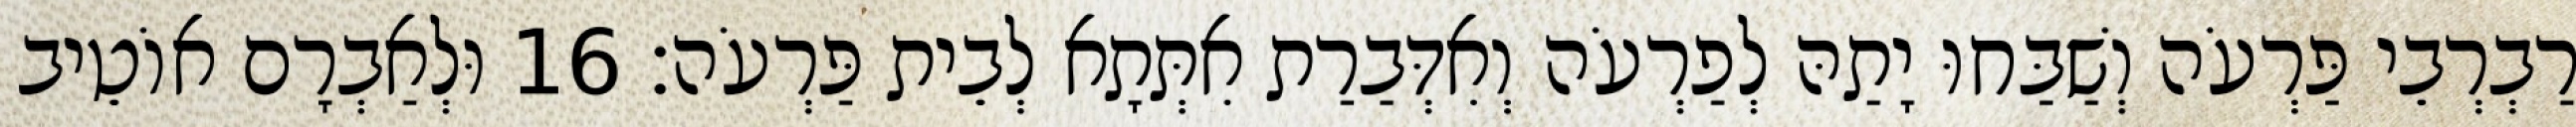
רַבְרְבֵי פַּרְעֹה וְשַׁבַּחוּ יָתַהּ לְפַרְעֹה וְאִדְּבַרַת אִתְּתָא לְבֵית פַּרְעֹה׃ 16 וּלְאַבְרָם אוֹטֵיב